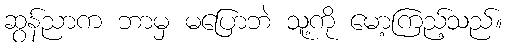
ဆွန်ညာက ဘာမှ မပြောဘဲ သူ့ကို မော့ကြည့်သည်။